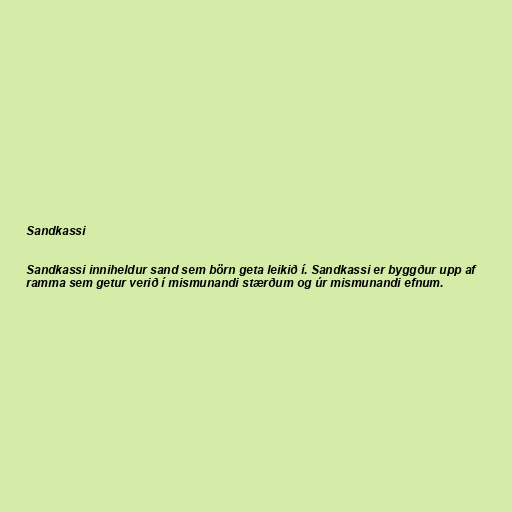
Sandkassi

Sandkassi inniheldur sand sem börn geta leikið í. Sandkassi er byggður upp af
ramma sem getur verið í mismunandi stærðum og úr mismunandi efnum.